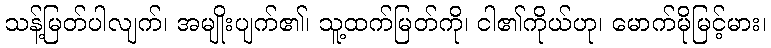
သန့်မြတ်ပါလျက်၊ အမျိုးပျက်၏၊ သူ့ထက်မြတ်ကို၊ ငါ၏ကိုယ်ဟု၊ မောက်မိုမြင့်မား၊